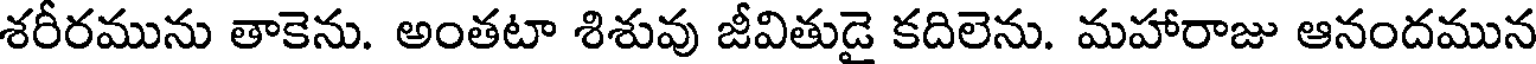
శరీరమును తాకెను. అంతటా శిశువు జీవితుడై కదిలెను. మహారాజు ఆనందమున